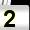
Digit: 2